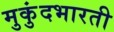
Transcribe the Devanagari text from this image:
मुकुंदभारती